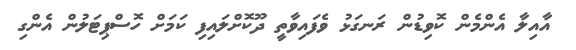
އާއިލާ އެންމެން ކޮވިޑުން ރަނގަޅު ވެފައިވާތީ ދޫކޮށްލައިފި ކަމަށް ހޮސްޕިޓަލުން އެންގި